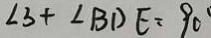
\angle 3 + \angle B D E = 9 0 ^ { \circ }